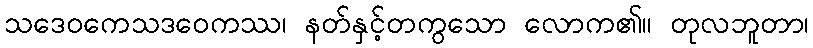
သဒေဝကေသဒဝေကဿ၊ နတ်နှင့်တကွသော လောက၏။ တုလဘူတာ၊